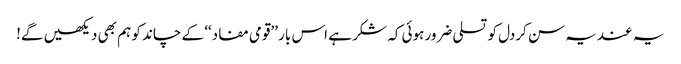
یہ عندیہ سن کردل کو تسلی ضرور ہوئی کہ شکر ہے اس بار ’’قومی مفاد‘‘ کے چاند کو ہم بھی دیکھیں گے!